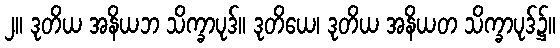
၂။ ဒုတိယ အနိယဘ သိက္ခာပုဒ်။ ဒုတိယေ၊ ဒုတိယ အနိယတ သိက္ခာပုဒ်၌။